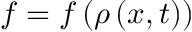
f = f \left( \rho \left( x , t \right) \right)